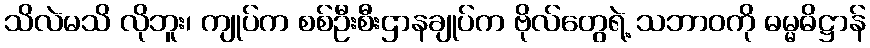
သိလဲမသိ လိုဘူး၊ ကျုပ်က စစ်ဦးစီးဌာနချုပ်က ဗိုလ်တွေရဲ့ သဘာဝကို ဓမ္မဓိဋ္ဌာန်